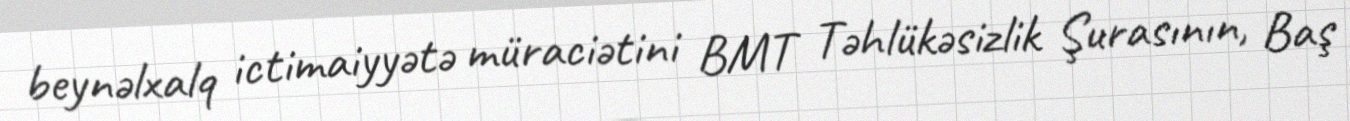
beynəlxalq ictimaiyyətə müraciətini BMT Təhlükəsizlik Şurasının, Baş